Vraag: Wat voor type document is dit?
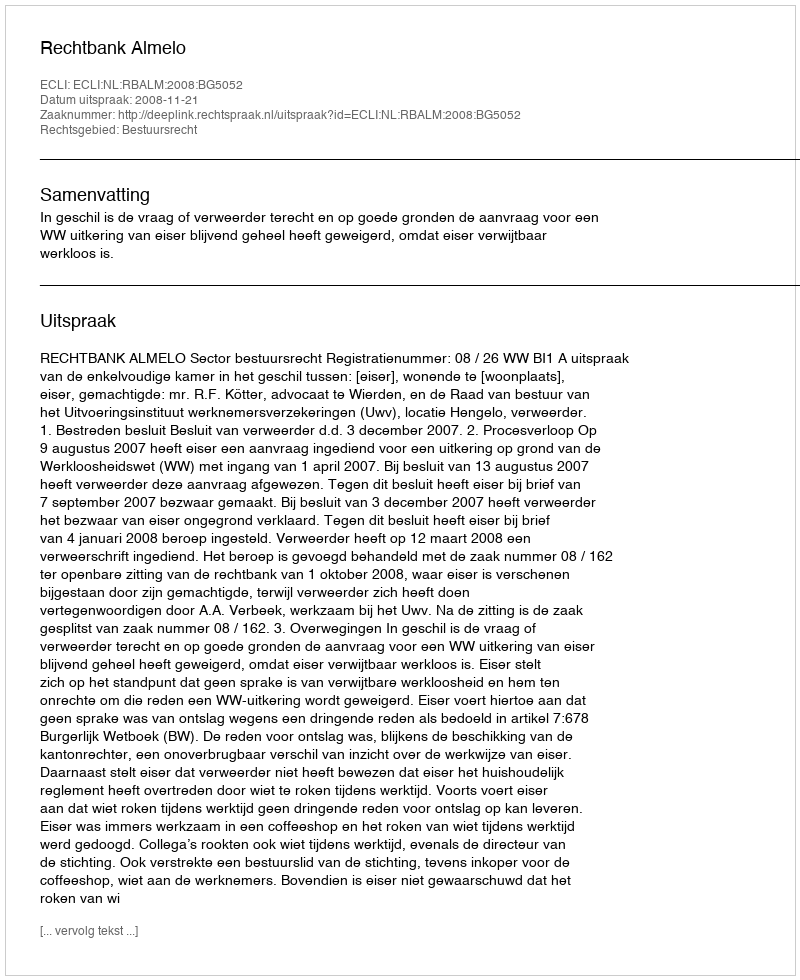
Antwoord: Uitspraak